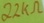
Text: 22KΩ